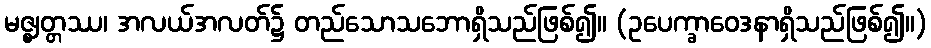
မဇ္ဈတ္တဿ၊ အလယ်အလတ်၌ တည်သောသဘောရှိသည်ဖြစ်၍။ (ဥပေက္ခာဝေဒနာရှိသည်ဖြစ်၍။)